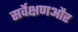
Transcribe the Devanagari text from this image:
सर्वेक्षणऔर